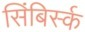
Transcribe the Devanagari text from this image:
सिंबिर्स्क